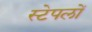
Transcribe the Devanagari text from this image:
स्टेपलों